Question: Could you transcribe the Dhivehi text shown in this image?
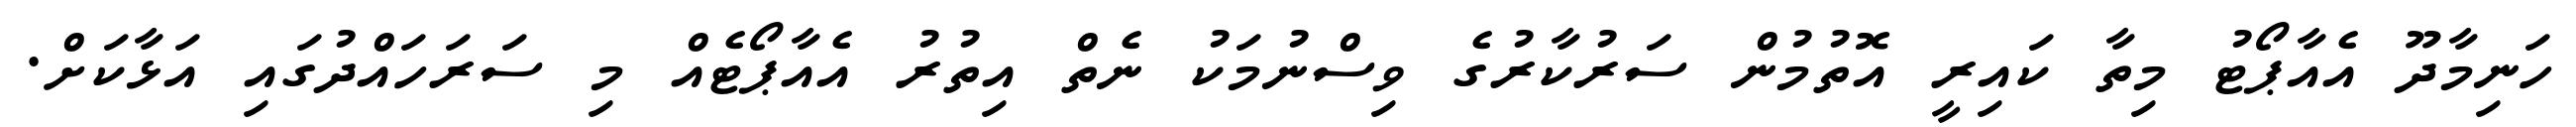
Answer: ހަނިމާދޫ އެއާޕޯޓު މިތާ ކައިރީ އޮތުމުން ސަރުކާރުގެ ވިސްނުމަކު ނެތް އިތުރު އެއާޕޯޓެއް މި ސަރަހައްދުގައި އަޅާކަށް.